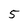
Character: 5